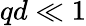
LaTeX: qd\ll 1